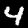
Label: 4